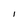
Character: I